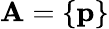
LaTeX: \mathbf{A}=\{ \mathbf{{p}}\}